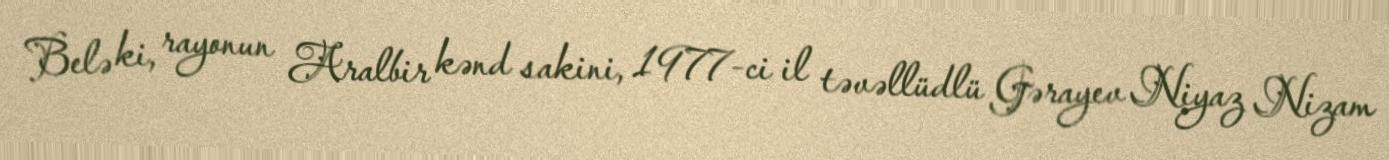
Belə ki, rayonun Aralbir kənd sakini, 1977-ci il təvəllüdlü Gərayev Niyaz Nizam